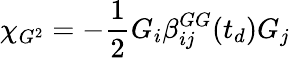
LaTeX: \chi_{G^{2}}=-\frac{1}{2}G_{i}\beta_{ij}^{GG}(t_{d})G_{j}